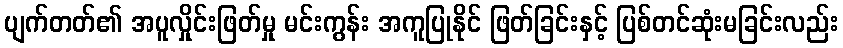
ပျက်တတ်၏ အပူလှိုင်းဖြတ်မှု မင်းကွန်း အကူပြုနိုင် ဖြတ်ခြင်းနှင့် ပြစ်တင်ဆုံးမခြင်းလည်း